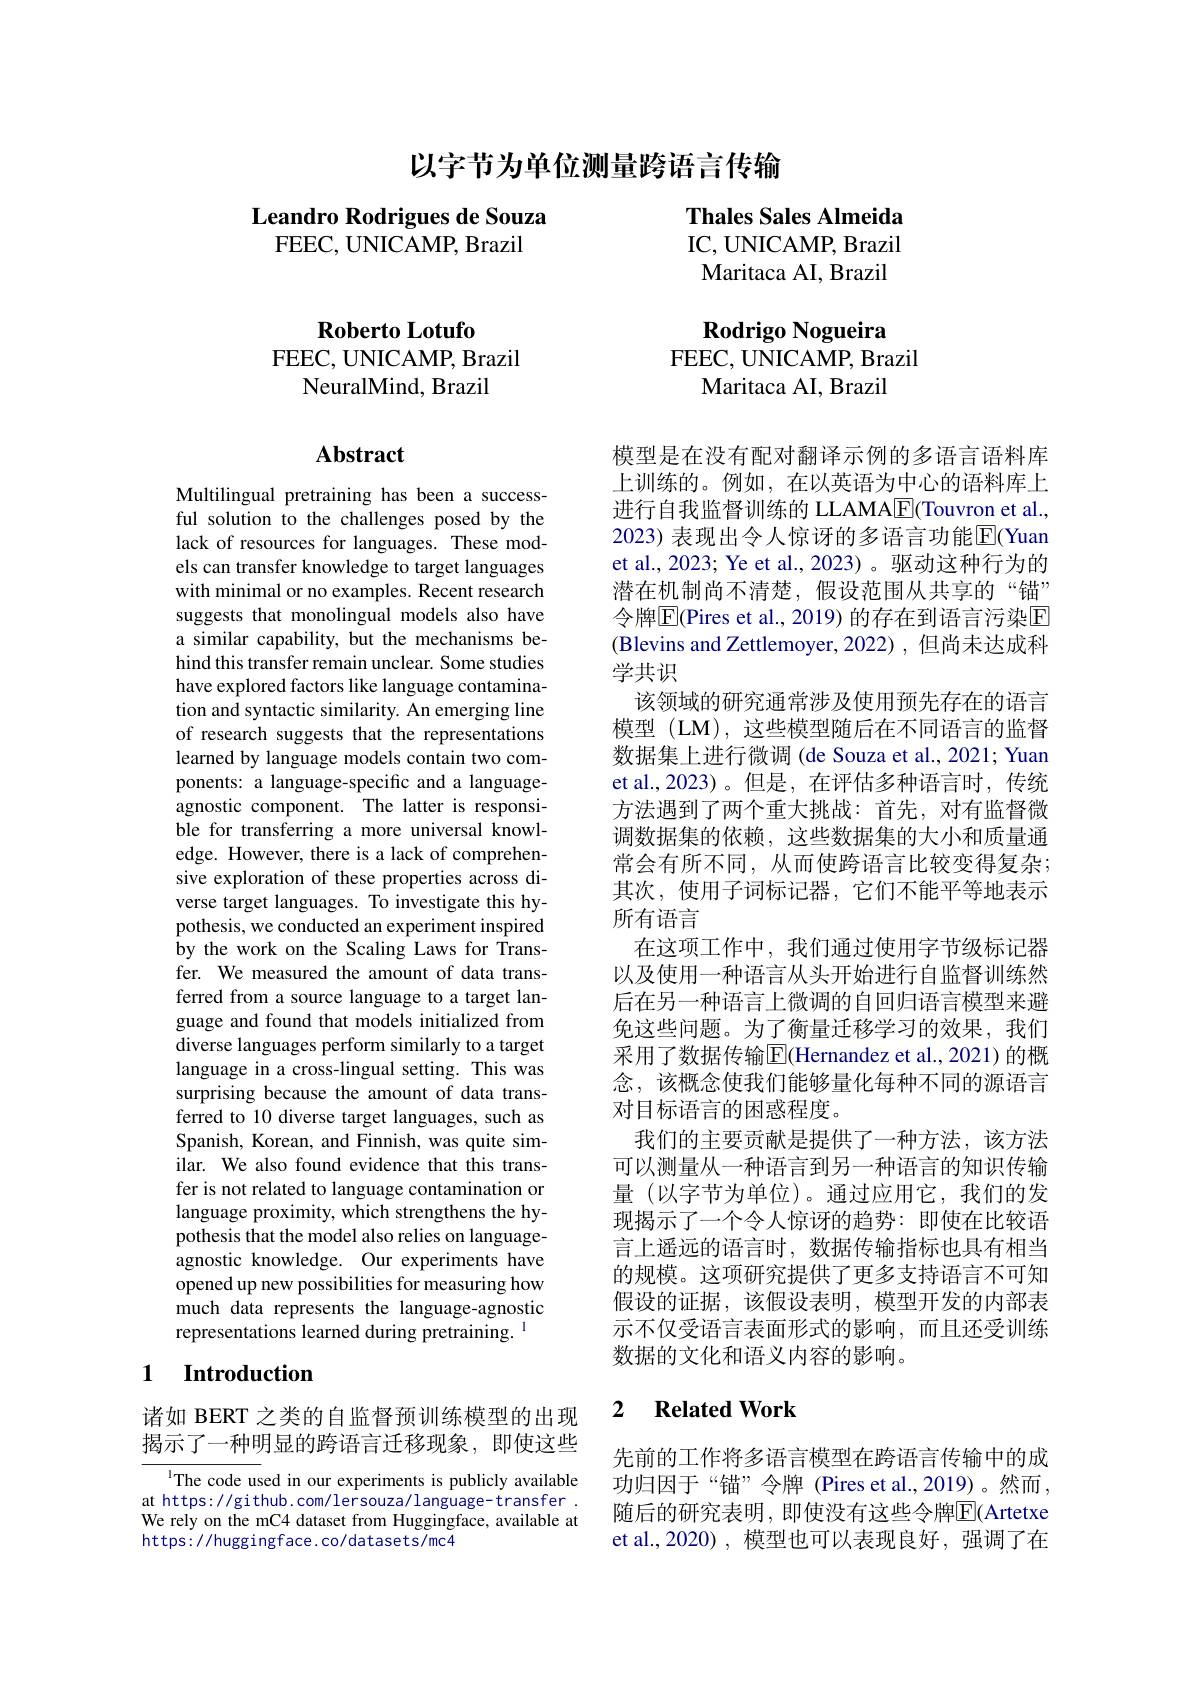
以字节为单位测量跨语言传输

## Leandro Rodrigues de Souza FEEC, UNICAMP, Brazil

Thales Sales Almeida

IC, UNICAMP, Brazil

Maritaca AI, Brazil

Rodrigo Nogueira
FEEC, UNICAMP, Brazil
Maritaca AI, Brazil

Roberto Lotufo
FEEC, UNICAMP, Brazil
NeuralMind, Brazil

## Abstract

Multilingual pretraining has been a successful solution to the challenges posed by the lack of resources for languages. These models can transfer knowledge to target languages with minimal or no examples. Recent research suggests that monolingual models also have a similar capability, but the mechanisms behind this transfer remain unclear. Some studies have explored factors like language contamination and syntactic similarity. An emerging line of research suggests that the representations learned by language models contain two components: a language-specific and a languageagnostic component. The latter is responsible for transferring a more universal knowledge. However, there is a lack of comprehensive exploration of these properties across diverse target languages. To investigate this hypothesis, we conducted an experiment inspired by the work on the Scaling Laws for Transfer. We measured the amount of data transferred from a source language to a target language and found that models initialized from diverse languages perform similarly to a target language in a cross-lingual setting. This was surprising because the amount of data transferred to 10 diverse target languages, such as Spanish, Korean, and Finnish, was quite similar. We also found evidence that this transfer is not related to language contamination or language proximity, which strengthens the hypothesis that the model also relies on languageagnostic knowledge. Our experiments have opened up new possibilities for measuring how much data represents the language-agnostic representations learned during pretraining.

## 1 $\textbf{Introduction}$

诸如 BERT 之类的自监督预训练模型的出现揭示了一种明显的跨语言迁移现象，即使这些

The code used in our experiments is publicly available at https://github.com/lersouza/language-transfer. We rely on the mC4 dataset from Huggingface, available at https: / / hugg ing f ace. co/ dat asets/ mc4

模型是在没有配对翻译示例的多语言语料库上训练的。例如，在以英语为中心的语料库上进行自我监督训练的 LLAMAE(Touvron et al., 2023) 表现出令人惊讶的多语言功能$\overline{\mathrm{E}}($Yuan et al., 2023; Ye et al., 2023)。驱动这种行为的潜在机制尚不清楚，假设范围从共享的“锚” 令牌$\overline{\mathrm{E}}($Pires et al., 2019) 的存在到语言污染$\overline{\mathrm{E}}$ (Blevins and Zettlemoyer, 2022) , 但尚未达成科学共识
该领域的研究通常涉及使用预先存在的语言模型 (LM), 这些模型随后在不同语言的监督数据集上进行微调 (de Souza et al., 2021; Yuan et al.,2023)。但是，在评估多种语言时，传统方法遇到了两个重大挑战：首先，对有监督微调数据集的依赖，这些数据集的大小和质量通常会有所不同，从而使跨语言比较变得复杂； 其次，使用子词标记器，它们不能平等地表示所有语言
在这项工作中，我们通过使用字节级标记器以及使用一种语言从头开始进行自监督训练然后在另一种语言上微调的自回归语言模型来避免这些问题。为了衡量迁移学习的效果，我们采用了数据传输$\overline{\mathrm{E}}($Hernandez et al.,2021)的概念，该概念使我们能够量化每种不同的源语言对目标语言的困惑程度。
我们的主要贡献是提供了一种方法，该方法可以测量从一种语言到另一种语言的知识传输量 (以字节为单位)。通过应用它，我们的发现揭示了一个令人惊讶的趋势：即使在比较语言上遥远的语言时，数据传输指标也具有相当的规模。这项研究提供了更多支持语言不可知假设的证据，该假设表明，模型开发的内部表示不仅受语言表面形式的影响，而且还受训练数据的文化和语义内容的影响。

### 2 $\textbf{Related Work}$

先前的工作将多语言模型在跨语言传输中的成功归因于“锚”令牌(Pires et al.,2019)。然而， 随后的研究表明，即使没有这些令牌$\overline{\mathrm{E}}($Artetxe et al.,2020),模型也可以表现良好，强调了在